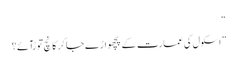
“
” اسکول کی عمارت کے پچھواڑے جا کر کانچ توڑآئے؟